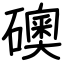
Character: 礇